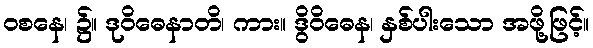
ဝစနေ၊ ၌။ ဒုဝိဓေနာတိ၊ ကား။ ဒွိဝိဓေန၊ နှစ်ပါးသော အဖို့ဖြင့်။